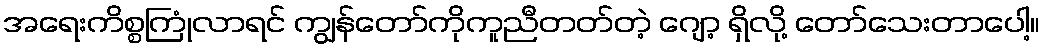
အရေးကိစ္စကြုံလာရင် ကျွန်တော်ကိုကူညီတတ်တဲ့ ဂျော့ ရှိလို့ တော်သေးတာပေါ့။